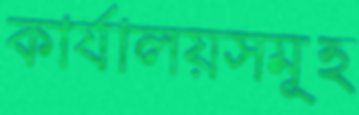
কার্যালয়সমূহ